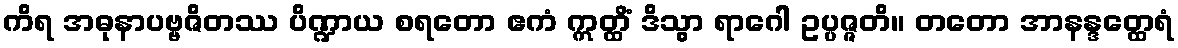
ကိရ အဓုနာပဗ္ဗဇိတဿ ပိဏ္ဍာယ စရတော ဧကံ ဣတ္ထိံ ဒိသွာ ရာဂေါ ဥပ္ပဇ္ဇတိ။ တတော အာနန္ဒတ္ထေရံ